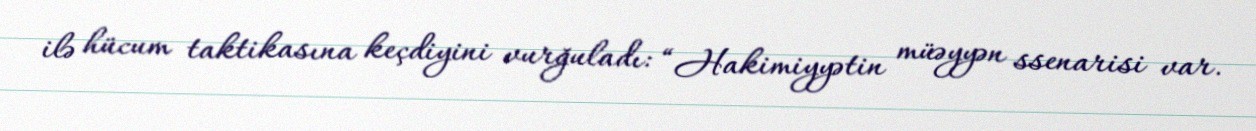
ilə hücum taktikasına keçdiyini vurğuladı: “Hakimiyyətin müəyyən ssenarisi var.